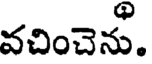
వచించెను.